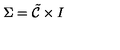
\Sigma = \tilde { \cal { C } } \times I